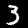
Label: 3